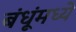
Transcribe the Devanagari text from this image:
बंधूंमध्ये